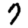
Digit: 7